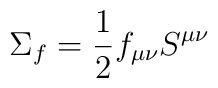
\Sigma_{f}=\frac{1}{2}f_{\mu\nu}S^{\mu\nu}